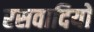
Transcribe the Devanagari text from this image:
रसवादियों